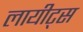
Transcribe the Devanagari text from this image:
लायीट्स